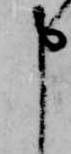
申